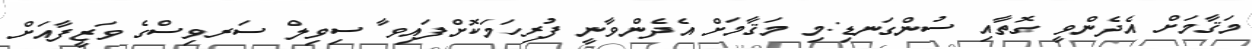
މަޤާމަށް އެދެންވީ ގޮތާއި ސުންގަނޑި:މި މަޤާމަށް އެދެންވާނީ ފުރިހަމަކޮށްފައިވާ ސިވިލް ސަރވިސްގެ ވަޒީފާއަށް